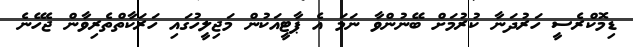
ޑިމޮކްރެސީ ހަރުދަނާ ކުރުމަށް ބޭނުންވާ ނަމަ އެ ޕާޓީއަކުން މަޖިލީހުގައި ހަރަކާތްތެރިވާން ޖެހޭނެ